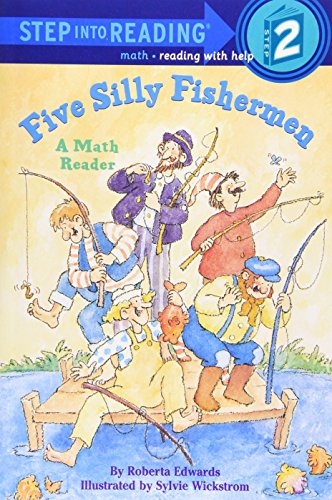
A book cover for Five Silly Fishermen (Step-Into-Reading, Step 2); Roberta Edwards; Children's Books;